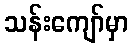
သန်းကျော်မှာ